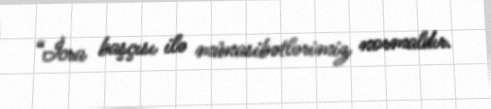
“İcra başçısı ilə münasibətlərimiz normaldır.